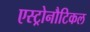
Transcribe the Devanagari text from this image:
एस्ट्रोनौटिकल